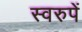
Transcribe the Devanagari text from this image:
स्वरुपें